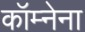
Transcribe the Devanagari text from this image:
कॉम्नेना